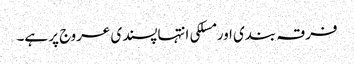
فرقہ بندی اور مسلکی انتہاپسندی عروج پر ہے۔